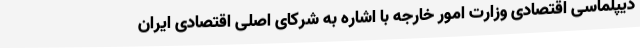
دیپلماسی اقتصادی وزارت امور خارجه با اشاره به شرکای اصلی اقتصادی ایران